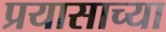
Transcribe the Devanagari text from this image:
प्रयासाच्या